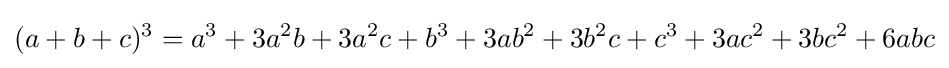
(a+b+c)^{3}=a^{3}+3a^{2}b+3a^{2}c+b^{3}+3ab^{2}+3b^{2}c+c^{3}+3ac^{2}+3bc^{2}+6abc